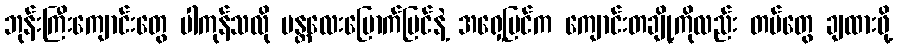
ဘုန်းကြီးကျောင်းတွေ ပါကုန်သလို မန္တလေးမြောက်ပြင်နဲ့ အရှေ့ပြင်က ကျောင်းတချို့ကိုလည်း တပ်တွေ ချထားဖို့